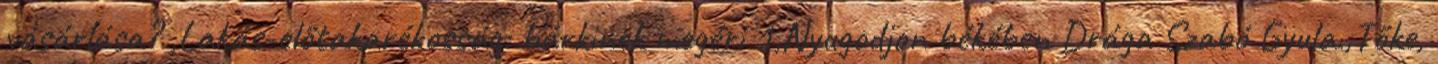
vásárlása? ,Lakás-előtakarékosság: bárkinek megéri 1,Nyugodjon békében Drága Szabó Gyula.,Tőke,